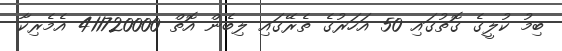
ބިމު ކުލީގެ ގޮތުގައި 50 އަހަރުގެ ތެރޭގައި ލިބެން އޮތް 411720000 އެމެރިކާ